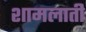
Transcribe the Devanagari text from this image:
शामलाती